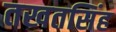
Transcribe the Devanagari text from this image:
तखतसिंह